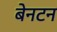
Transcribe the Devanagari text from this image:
बेनटन